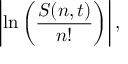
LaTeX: \left| \ln \left( { \frac { S ( n , t ) } { n ! } } \right) \right| ,